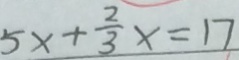
5 x + \frac { 2 } { 3 } x = 1 7